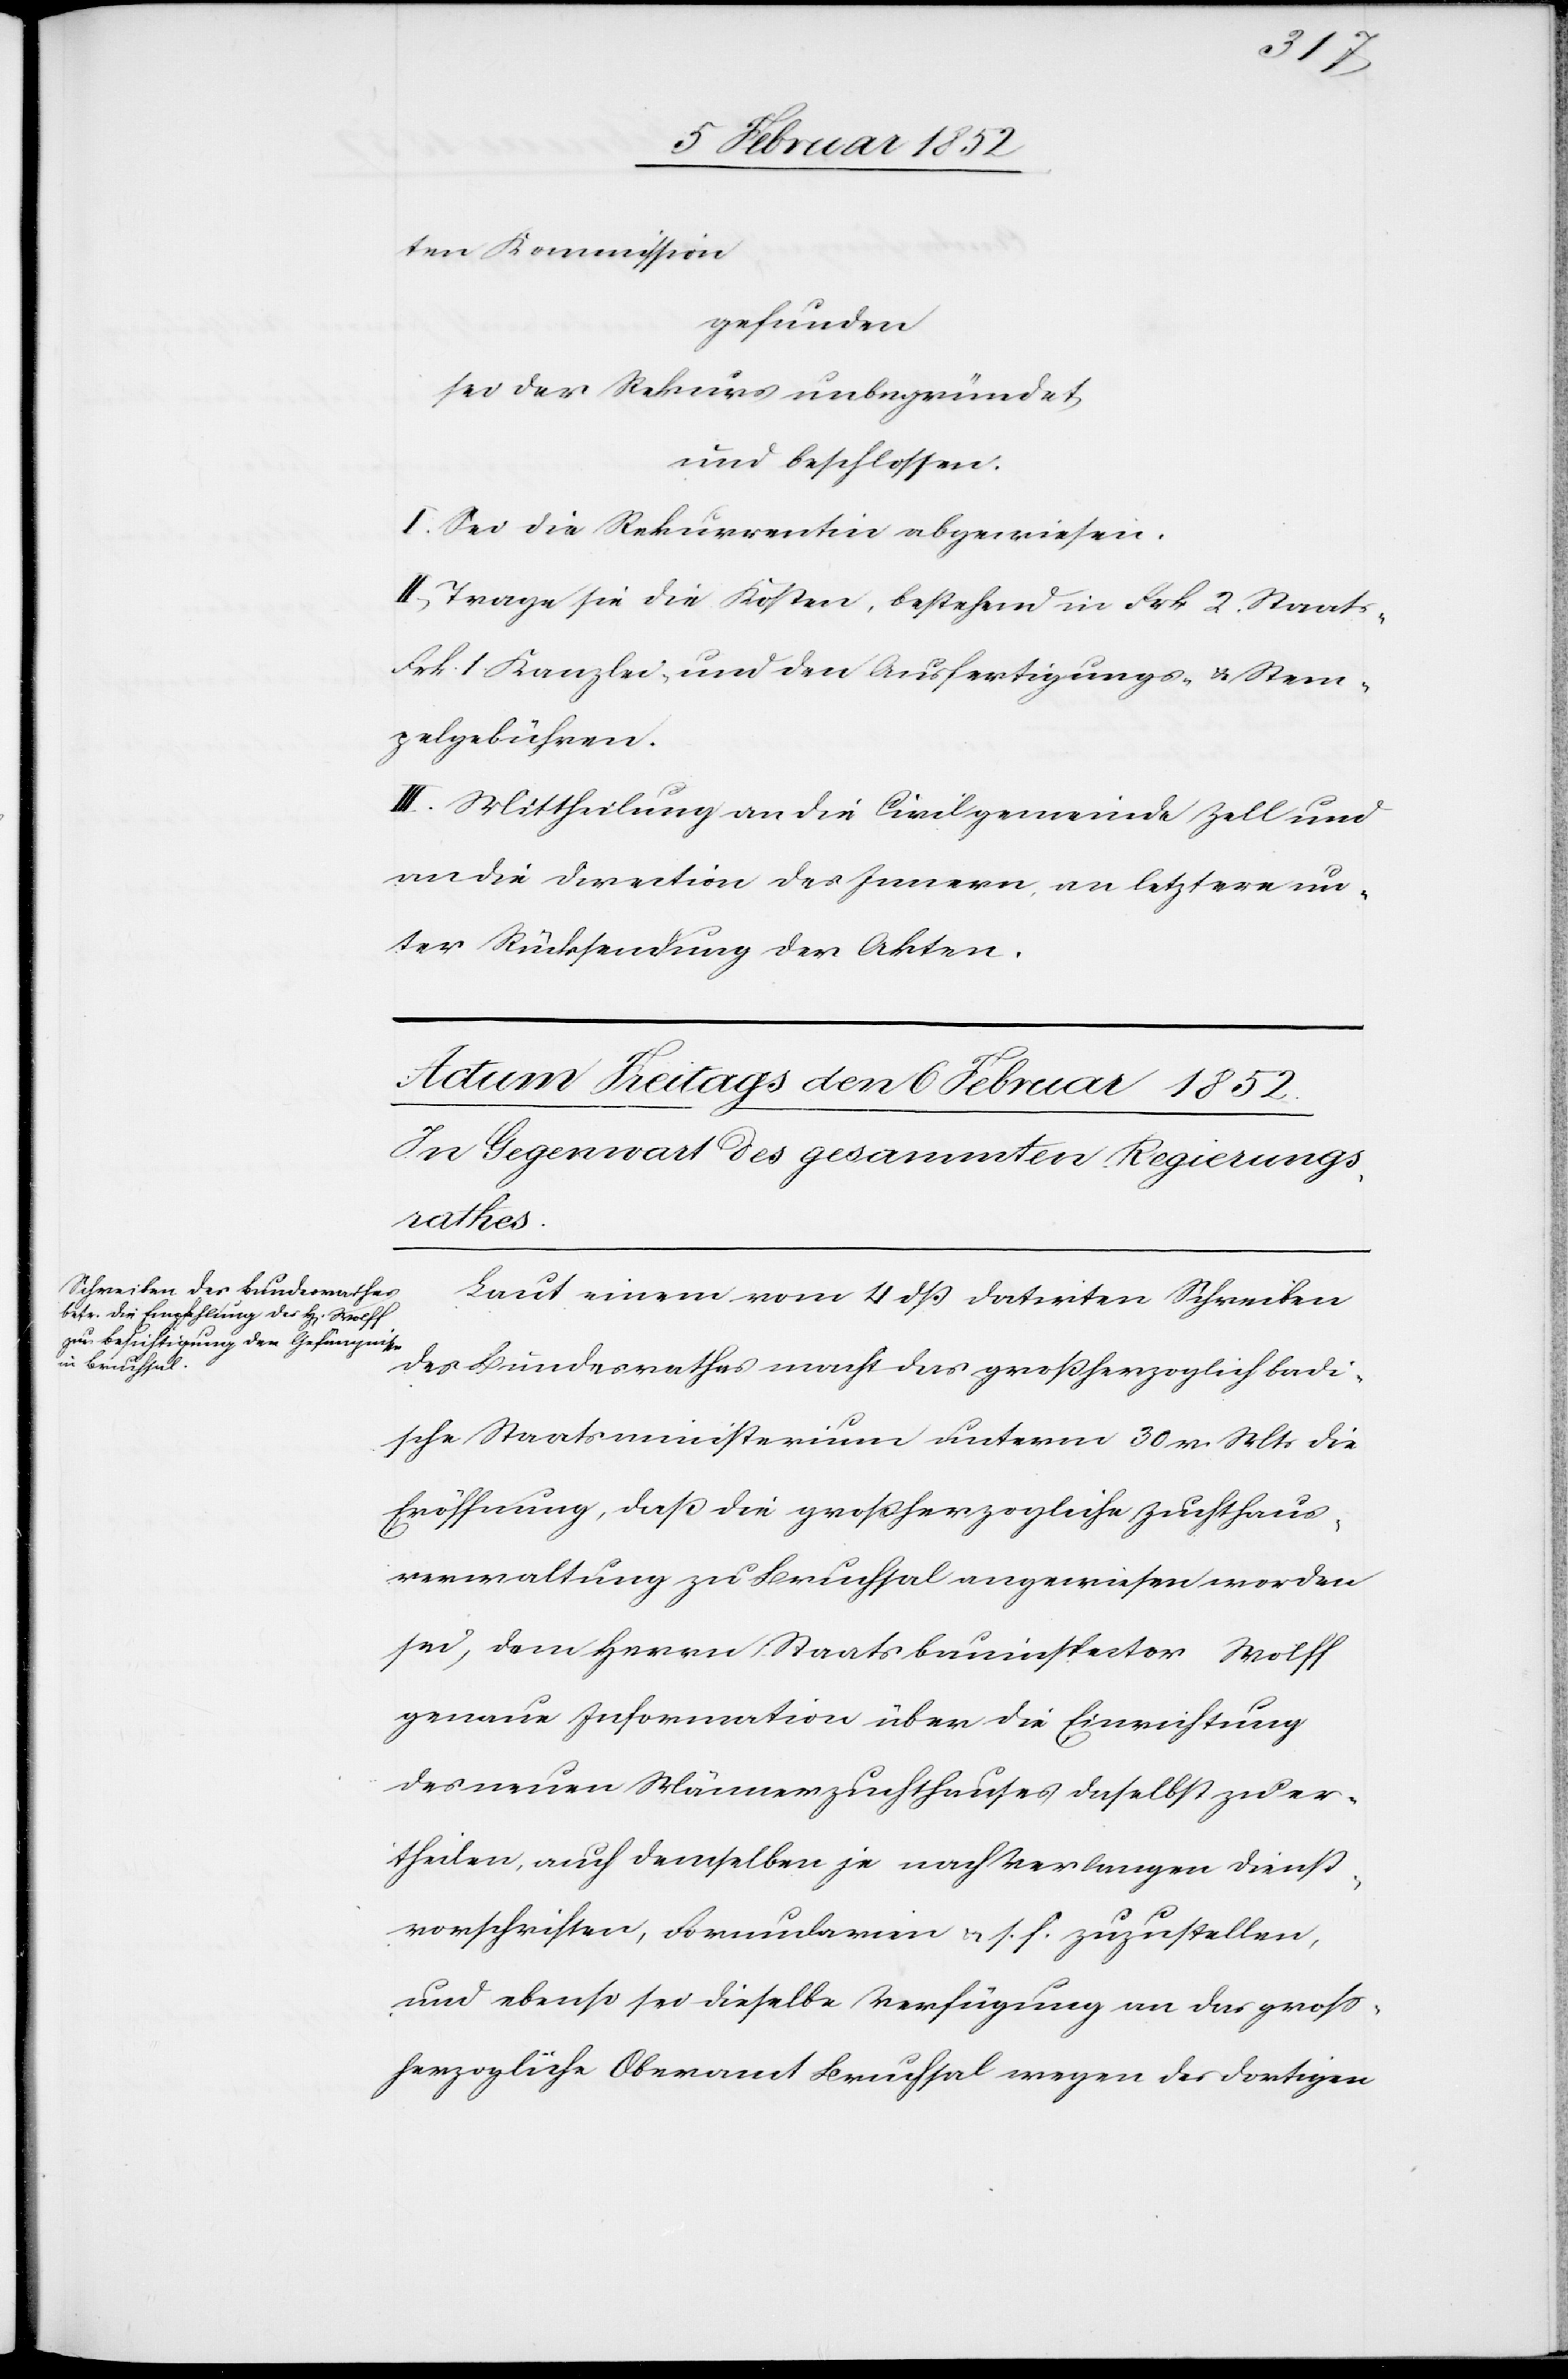
ten Kommission
gefunden
sei der Rekurs unbegründet,
und beschlossen.
I. Sei die Rekurrentin abgewiesen.
II. Trage sie die Kosten, bestehend in Frk. 2. Staats-
Frk. 1. Kanzlei- und den Ausfertigungs- u. Stem¬
pelgebühren.
III. Mittheilung an die Civilgemeinde Zell und
an die Direction des Innern, an letztere un¬
ter Rücksendung der Akten.
Laut einem vom 4 dß datirten Schreiben
des Bundesrathes macht das großherzoglich badi¬
schen Staatsministerium unterm 30 v. Mts die
Eröffnung, daß die großherzogliche Zuchthaus¬
verwaltung zu Bruchsal angewiesen worden
sei, dem Herrn Staatsbauinspector Wolff
genaue Information über die Einrichtung
des neuen Männerzuchthauses daselbst zu er¬
theilen, auch demselben je nach Verlangen Dienst¬
vorschriften, Formularien, u. s. f. zuzustellen,
und ebenso sei dieselben Verfügung an das groß¬
herzogliche Oberamt Bruchsal wegen des dortigen